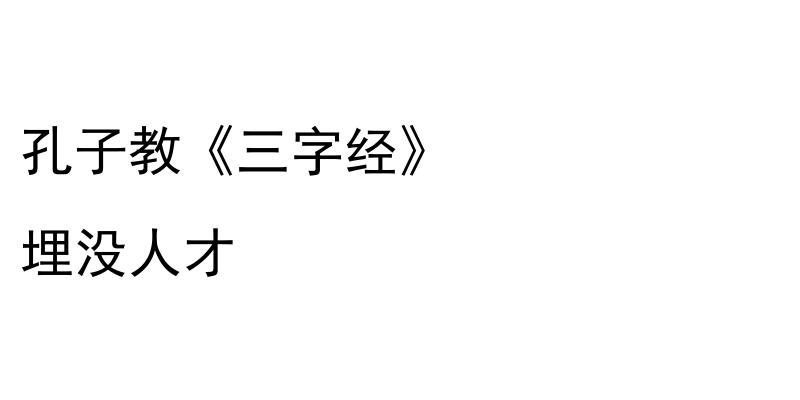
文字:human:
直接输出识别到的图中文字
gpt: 孔子教《三字经》 埋没人才